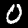
Label: 0